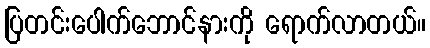
ပြတင်းပေါက်ဘောင်နားကို ရောက်လာတယ်။